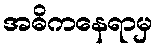
အဓိကနေရာမှ